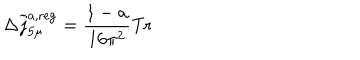
LaTeX: \Delta \widetilde { j } _ { 5 \mu } ^ { a , \mathrm { r e g } } = \frac { 1 - a } { 1 6 \pi ^ { 2 } } \mathrm { T r }